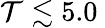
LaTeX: \mathcal{T}\lesssim 5.0\